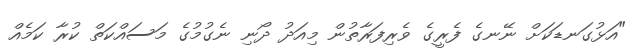
"އަޅުގަނޑަކަށް ނޭނގެ ފެރީގެ ވެރިފަރާތުން މިއަދު ދޯނި ނެގުމުގެ މަސައްކަތް ކުރާ ކަމެއް